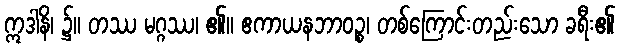
ဣဒါနိ၊ ၌။ တဿ မဂ္ဂဿ၊ ၏။ ဧကာယနဘာဝဉ္စ၊ တစ်ကြောင်းတည်းသော ခရီး၏